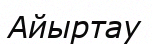
Айыртау